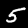
Label: 5